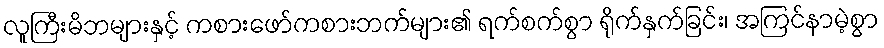
လူကြီးမိဘများနှင့် ကစားဖော်ကစားဘက်များ၏ ရက်စက်စွာ ရိုက်နှက်ခြင်း၊ အကြင်နာမဲ့စွာ